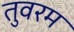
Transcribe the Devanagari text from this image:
तुवरम